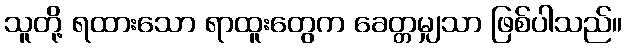
သူတို့ ရထားသော ရာထူးတွေက ခေတ္တမျှသာ ဖြစ်ပါသည်။